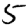
Digit: 5